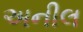
અનીલ